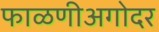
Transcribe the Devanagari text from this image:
फाळणीअगोदर